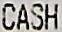
CASH